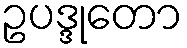
ဥပဒ္ဒုတော